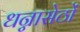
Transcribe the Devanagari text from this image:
धन्नासेठों